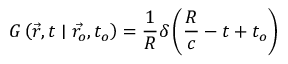
G \left( \vec { r } , t \mid \vec { r _ { o } } , t _ { o } \right) = \frac { 1 } { R } \delta \left( \frac { R } { c } - t + t _ { o } \right)